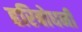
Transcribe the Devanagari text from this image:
हरिबोधनी